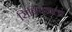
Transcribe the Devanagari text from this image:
सिंबियनला